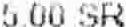
5.00 SR